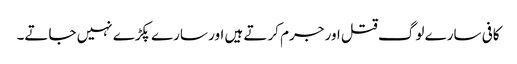
کافی سارے لوگ قتل اور جرم کرتے ہیں اور سارے پکڑے نہیں جاتے۔